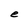
Character: e